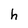
Character: h